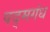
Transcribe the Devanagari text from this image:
पद्मगंध